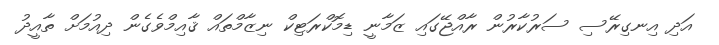
އަދި އިނގިރޭސި ސަރުކާރުން ރާއްޖޭގައި ޒަމާނީ ޑިމޮކްރަޓިކް ނިޒާމްތައް ޤާއިމްވެގެން ދިއުމަށް ތާއީދު